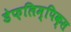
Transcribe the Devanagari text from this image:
डेफ़लिम्पिक्स